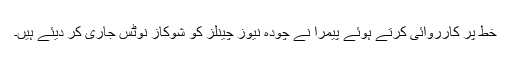
خط پر کارروائی کرتے ہوئے پیمرا نے چودہ نیوز چینلز کو شوکاز نوٹس جاری کر دیئے ہیں۔